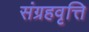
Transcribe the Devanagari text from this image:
संग्रहवृत्ति